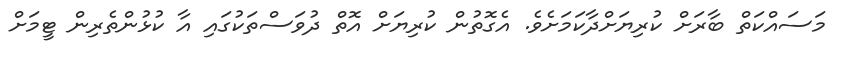
މަސައްކަތް ބާރަށް ކުރިޔަށްދާކަމަށެވެ. އެގޮތުން ކުރިޔަށް އޮތް ދުވަސްތަކުގައި އާ ކުޅުންތެރިން ޓީމަށް